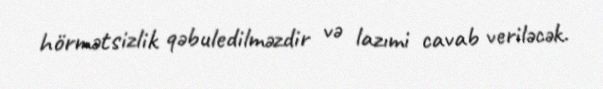
hörmətsizlik qəbuledilməzdir və lazımi cavab veriləcək.